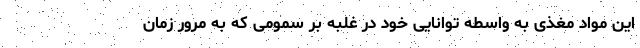
این مواد مغذی به واسطه توانایی خود در غلبه بر سمومی که به مرور زمان